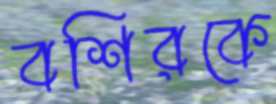
বশিরকে